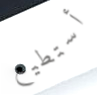
أستطيع